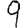
Digit: 9